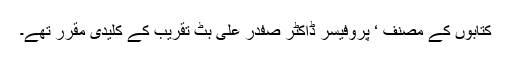
کتابوں کے مصنف ‘ پروفیسر ڈاکٹر صفدر علی بٹ تقریب کے کلیدی مقرر تھے۔